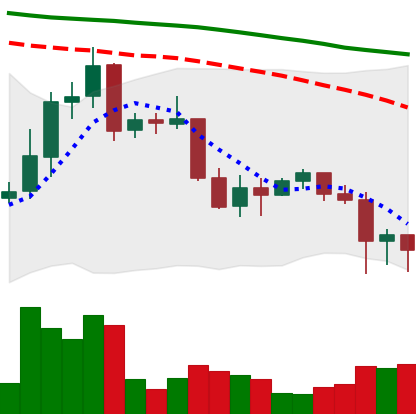
Ticker: XRP-USD
Chart end date: 2022-01-07
Forward return: 4.78%
Label: up_3_5